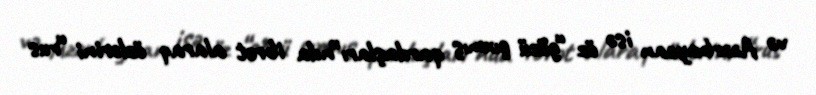
və Azərbaycan isə öz “gözü çıxmış qardaşları”nda ibrət alaraq özlərini “rus